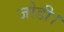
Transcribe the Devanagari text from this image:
जोडी।